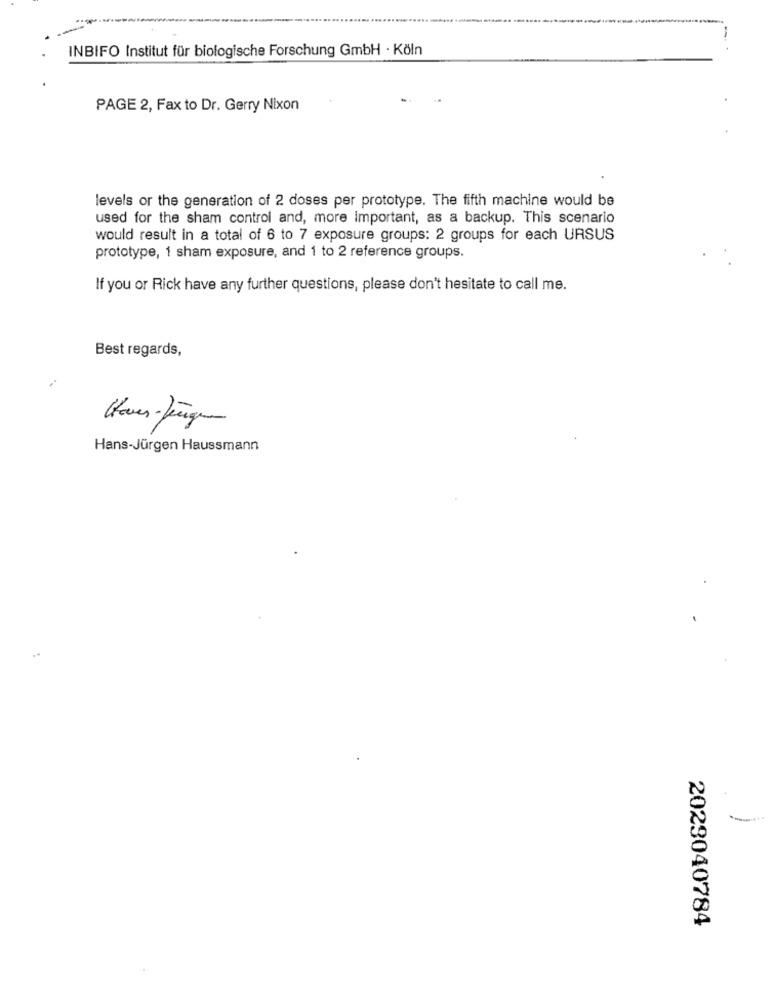
INBIFO Institut für biologische Forschung GmbH · Köln
PAGE 2, Fax to Dr. Gerry Nixon
levels or the generation of 2 doses per prototype. The fifth machine would be
used for the sham control and, more Important, as a backup. This scenario
would result in a total of 6 to 7 exposure groups: 2 groups for each URSUS
prototype, 1 sham exposure, and 1 to 2 reference groups.
If you or Rick have any further questions, please don't hesitate to call me.
Best regards,
Haves-Jeeigen
Hans-Jürgen Haussmann
2023040784